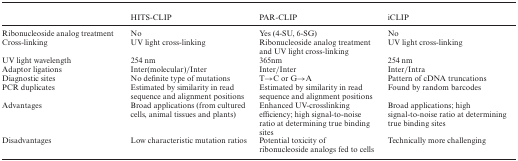
|  | HITS-CLIP | PAR-CLIP | iCLIP |
 | --- | --- | --- | --- |
 | Ribonucleoside analog treatment | No | Yes (4-SU, 6-SG) | No |
 | Cross-linking | UV light cross-linking | Ribonucleoside analog treatment and UV light cross-linking | UV light cross-linking |
 | UV light wavelength | 254 nm | 365nm | 254 nm |
 | Adaptor ligations | Inter(molecular)/Inter | Inter/Inter | Inter/Intra |
 | Diagnostic sites | No definite type of mutations | T→C or G→A | Pattern of cDNA truncations |
 | PCR duplicates | Estimated by similarity in read sequence and alignment positions | Estimated by similarity in read sequence and alignment positions | Found by random barcodes |
 | Advantages | Broad applications (from cultured cells, animal tissues and plants) | Enhanced UV-crosslinking efficiency; high signal-to-noise ratio at determining true binding sites | Broad applications; high signal-to-noise ratio at determining true binding sites |
 | Disadvantages | Low characteristic mutation ratios | Potential toxicity of ribonucleoside analogs fed to cells | Technically more challenging |